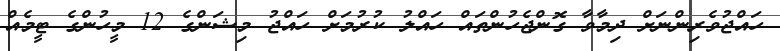
ހައްޖުވެރިންނަށް ދިމާވާ ގޮންޖެހުންތައް ހައްލު ކުރުމަށް ހައްޖު މިޝަންގެ 12 މީހުންގެ ޓީމެއް